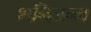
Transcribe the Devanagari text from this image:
शनिजन्म